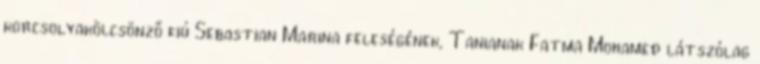
korcsolyakölcsönző fiú Sebastian Marina feleségének, Tanianak Fatma Mohamed látszólag